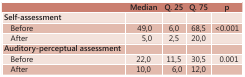
|  | Median | Q. 25 | Q. 75 | p |
 | --- | --- | --- | --- | --- |
 | Self-assessment |  |  |  |  |
 | Before | 49,0 | 6,0 | 68,5 | <0.001 |
 | After | 5,0 | 2,5 | 20,0 |  |
 | Auditory-perceptual assessment |  |  |  |  |
 | Before | 22,0 | 11,5 | 30,5 | 0.001 |
 | After | 10,0 | 6,0 | 12,0 |  |